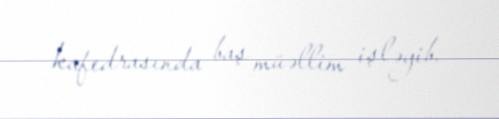
kafedrasında baş müəllim işləyib.